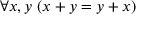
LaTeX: \forall x , y \ ( x + y = y + x )